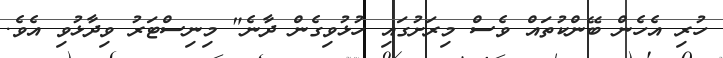
ހުރި އެހެން ބޭންކުތައް ވެސް މިރަށުގައި ހުޅުވިގެން ދާނެ" މިނިސްޓަރު ވިދާޅުވި އެވެ.